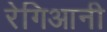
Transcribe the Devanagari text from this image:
रेगिआनी